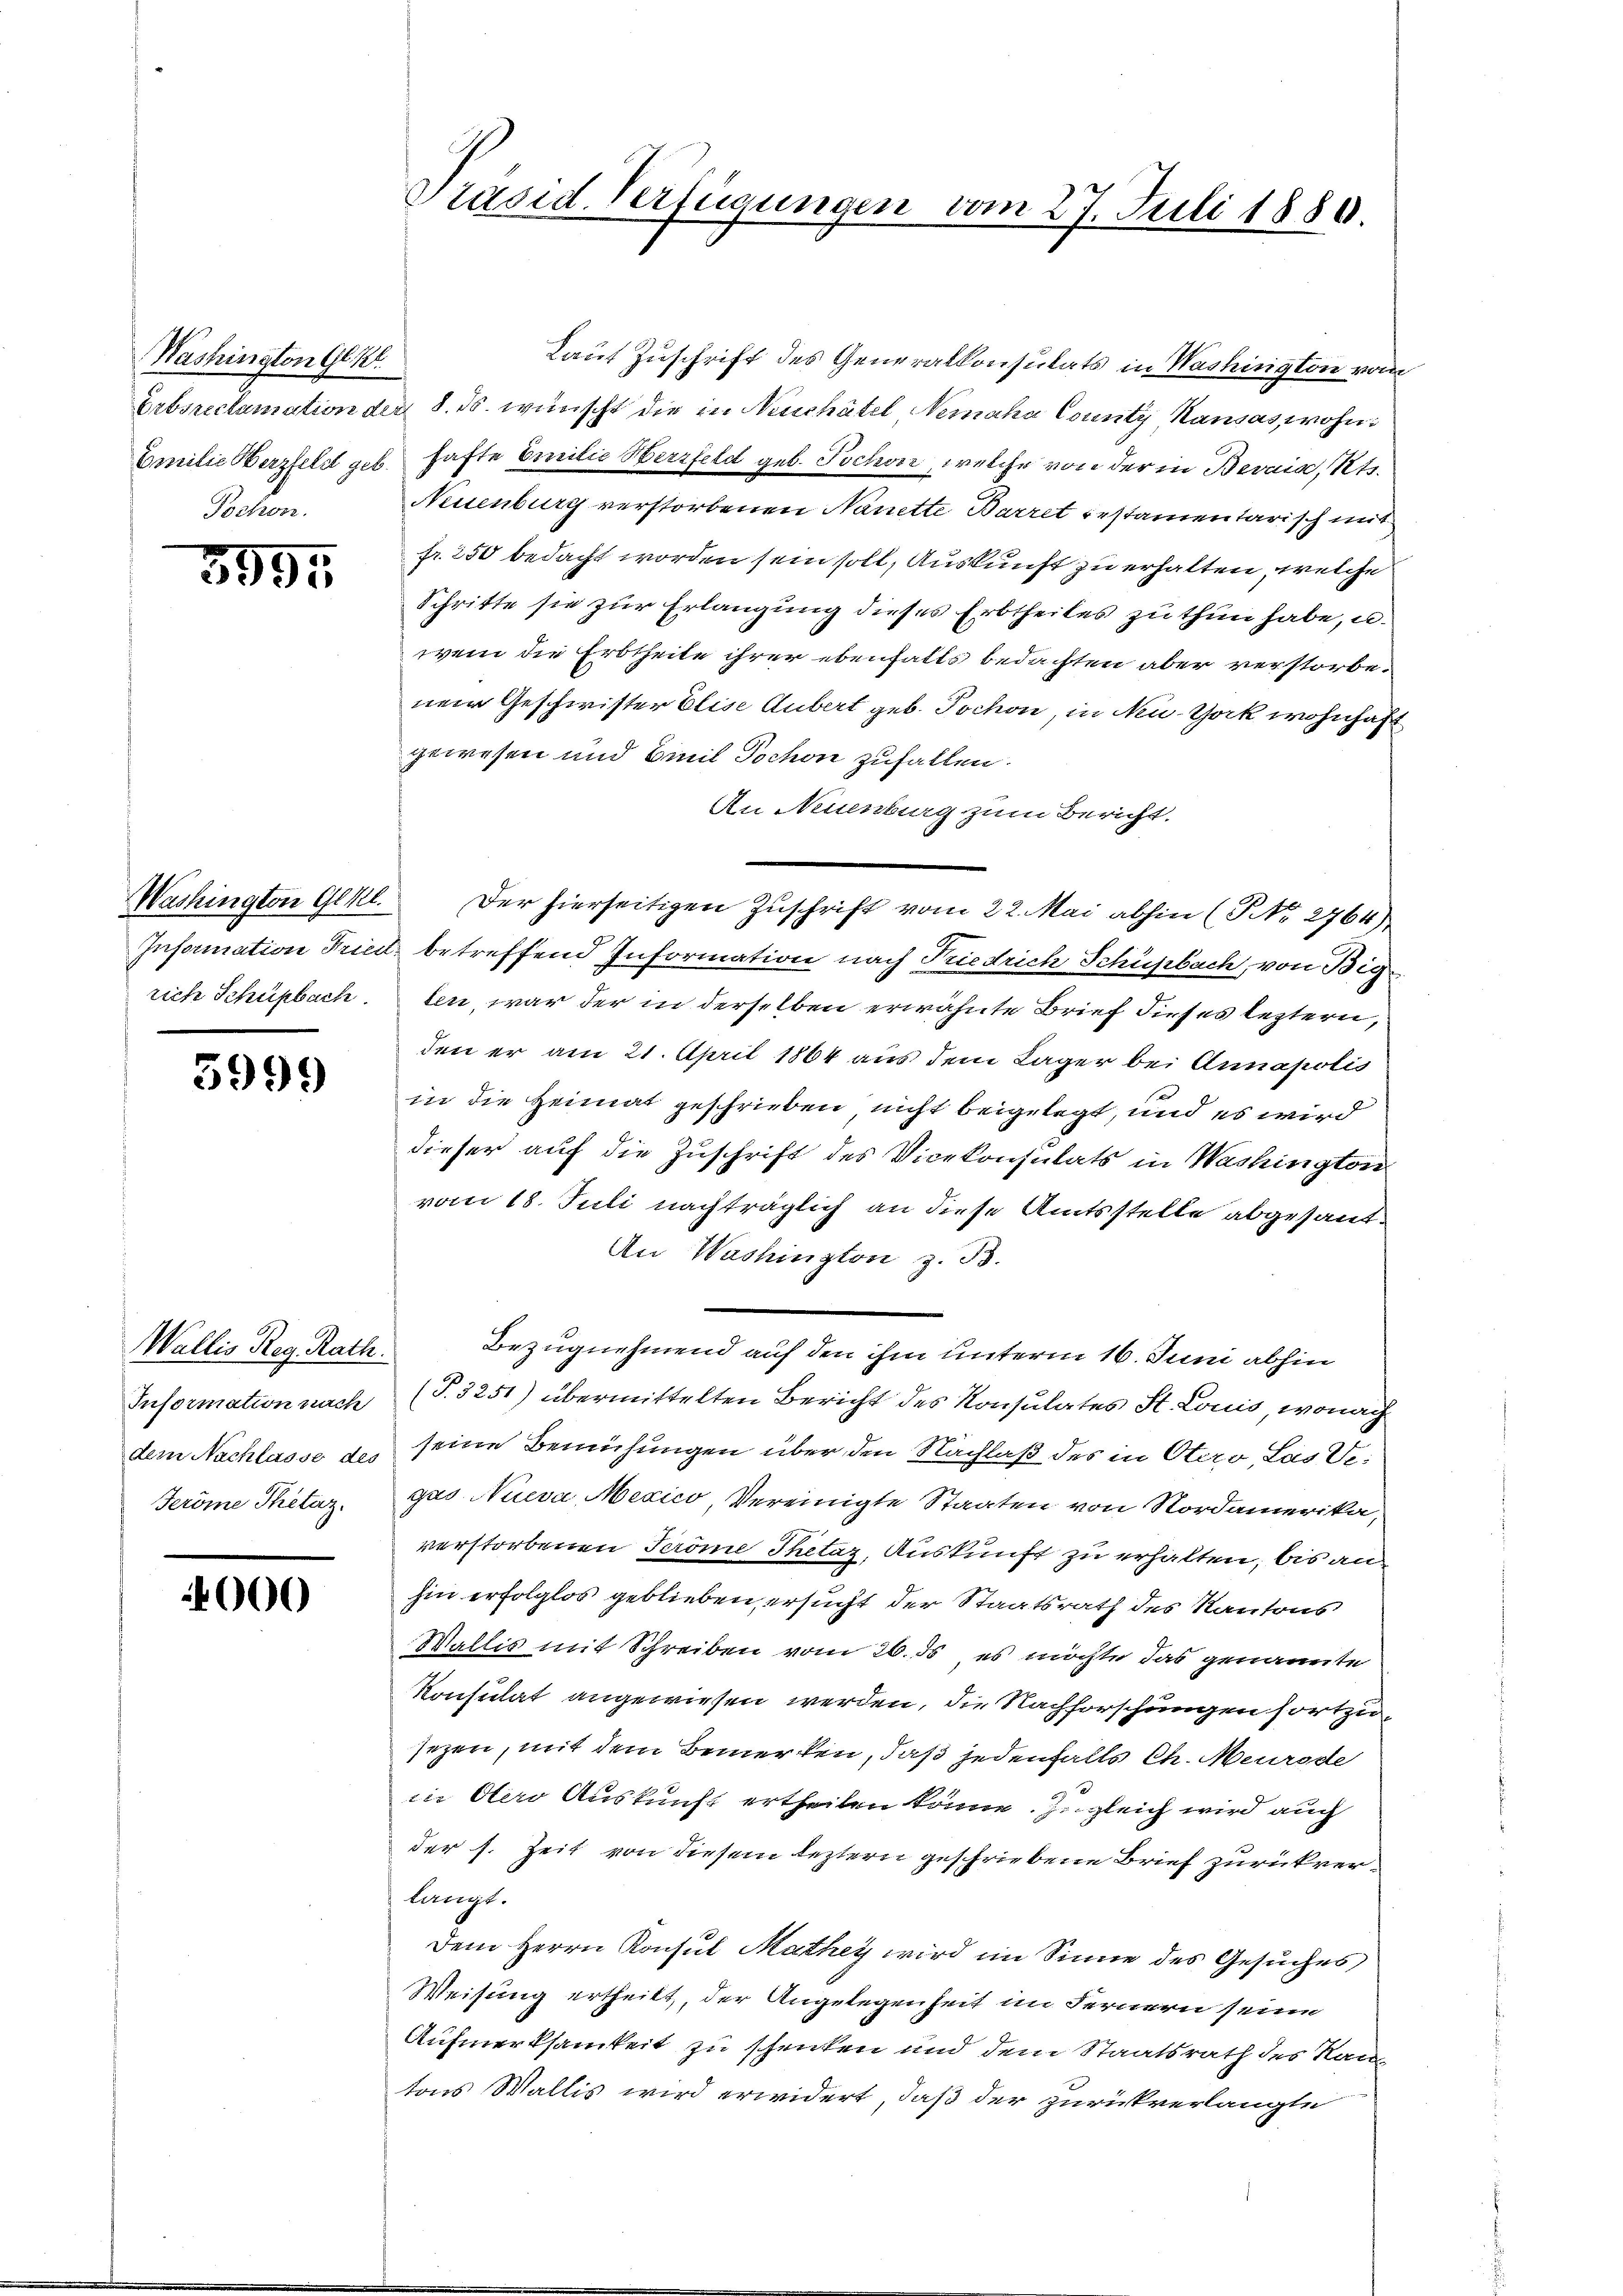
Washington Gen
Pochon.

3995

Washington Glkl.

5999

Wallis Reg. Rath.
Information nach
Feröme Thetaz.

000

Laut Zuschrift des Generalkonsulats in Washington vom
Ertsreclamation der 8. ds. wünscht die in Neuchâtel Nemaha County Kausas, wohn¬
Emilie Herzfeld geb. hafte Emilie Herzfeld geb. Pochon, welche von der in Bevaia, Kts.
Neuenburg verstorbenen Nanette Barret bestamentarisch mit
fr. 250 bedacht worden sein soll, Auskunft zu erhalten, welche
Schritte sie zur Erlangung dieses Erbtheiles zu thun habe, u.
wem die Erbtheile ihrer ebenfalls bedachten aber verstorbenem Geschwister Elise Aubert geb. Pochon, in New-York wohnhaft
gewesen und Emil Tochon zufallen.
An Neuenburg zum Bericht.
Der hierseitigen Zuschrift vom 22. Mai abhin (P No 2764)
Information Tricul betreffend Information nach Riedrich Schüpbach, von Big-
rich Schürbach. ten, war der in derselben erwähnte Brief dieses leztern,
den er am 21. April 1864 aus dem Lager bei Annapolis
in die Heimat geschrieben nicht beigelegt, und es wird
dieser auf die Zuschrift des Vicekonsulats in Washington
vom 18. Juli nachträglich an diese Amtsstelle abgesant¬
An Washington z. B.
Bezugnehmend auf den ihm unterm 16. Juni abhin
(T.3251) übermittelten Bericht des Konsulates St. Louis, wonach
dem Nachlasse des seine Bemühungen über den Nachlaß des in Otero, Las Ve
gao Nueva Mexico Vereinigte Staaten von Nordamerika,
verstorbenen Teröme Thetag, Auskunft zu erhalten, bis an
hin erfolglos geblieben ersucht der Staatsrath des Kantons
Wallis mit Schreiben vom 26. ds es möchte das genannte
Konsulat angewiesen werden, die Nachforschungen fortzusezen, mit dem Bemerken, daß jedenfalls Ch. Meurode
in Oero Auskunft ertheilen könne. Zu gleich wird auch
der s. Zeit von diesem leztern geschriebene Brief zurückverlangt.
Dem Herrn Konsul Mathey wird im Sinne des Gesuches
Weisung ertheilt, der Angelegenheit im Fernern seine
Aufmerksamkeit zu schenken und dem Staatsrath des Kan-
tons Wallis wird erwidert, daß der zurückverlangte

Präsid-Verfügungen vom 27. Juli 1880.